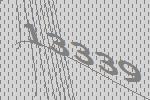
13339